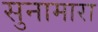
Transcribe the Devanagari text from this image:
सुनामारा